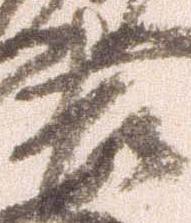
吉